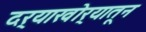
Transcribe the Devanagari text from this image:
दर्‍याखोर्‍यातून